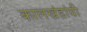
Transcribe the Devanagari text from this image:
कालखंडांची